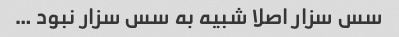
سس سزار اصلا شبیه به سس سزار نبود …